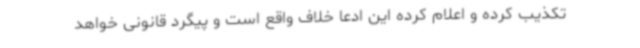
تکذیب کرده و اعلام کرده این ادعا خلاف واقع است و پیگرد قانونی خواهد